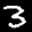
Label: 3